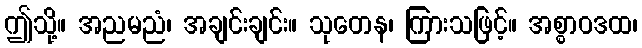
ဤသို့။ အညမညံ၊ အချင်းချင်း။ သုတေန၊ ကြားသဖြင့်။ အစ္စာဝဒထ၊